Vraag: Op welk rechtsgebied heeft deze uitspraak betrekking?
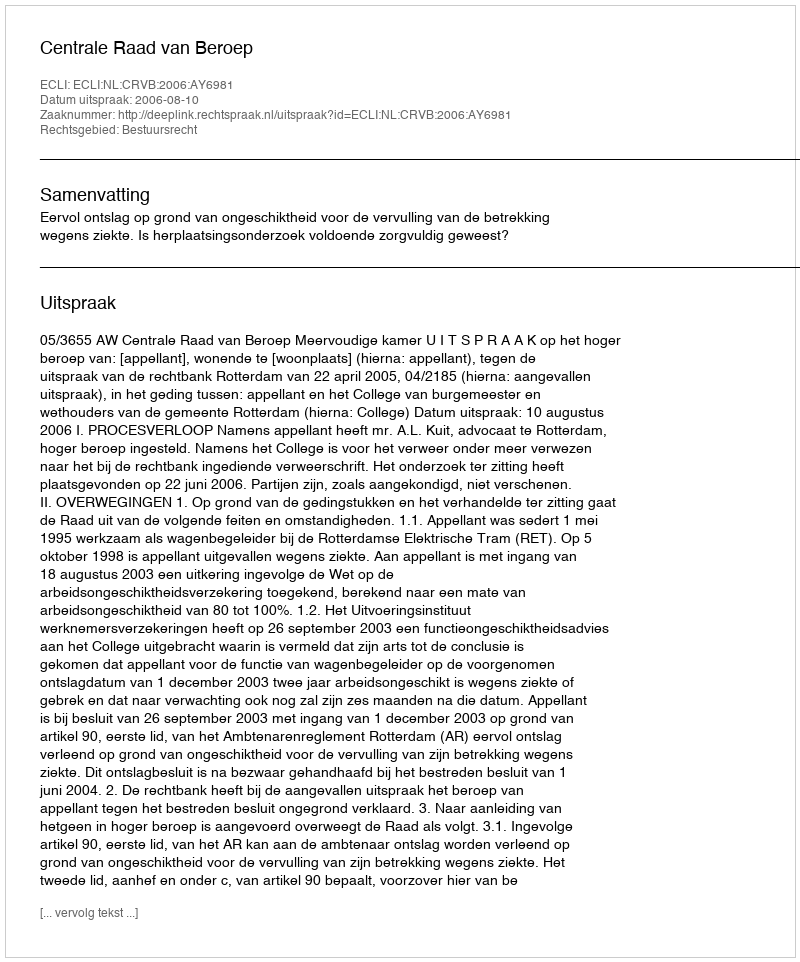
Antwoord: Bestuursrecht